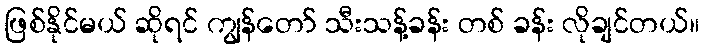
ဖြစ်နိုင်မယ် ဆိုရင် ကျွန်တော် သီးသန့်ခန်း တစ် ခန်း လိုချင်တယ်။